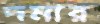
দমার